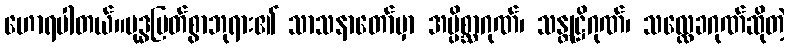
ဟောရပါတယ်။ဗုဒ္ဓမြတ်စွာဘုရား၏ သာသနာတော်မှာ အပ္ပိစ္ဆာဂုဏ်၊ သန္တုဋ္ဌိဂုဏ်၊ သလ္လေခဂုဏ်ဆိုတဲ့